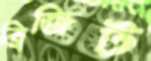
ব্রিজিট